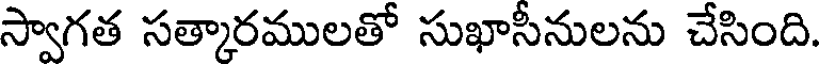
స్వాగత సత్కారములతో సుఖాసీనులను చేసింది.